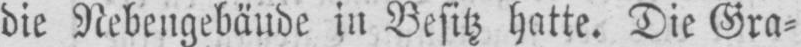
die Nebengebäude in Besitz hatte. Die Gra⸗